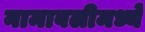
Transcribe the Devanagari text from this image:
नामावलीमध्ये